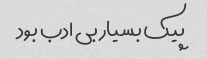
پیک بسیار بی ادب بود